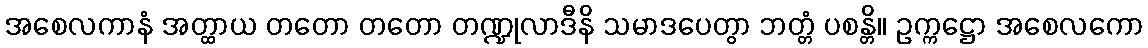
အစေလကာနံ အတ္ထာယ တတော တတော တဏ္ဍုလာဒီနိ သမာဒပေတွာ ဘတ္တံ ပစန္တိ။ ဥက္ကဋ္ဌော အစေလကော